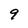
Character: 9